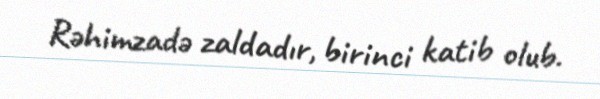
Rəhimzadə zaldadır, birinci katib olub.